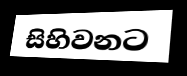
සිහිවනට